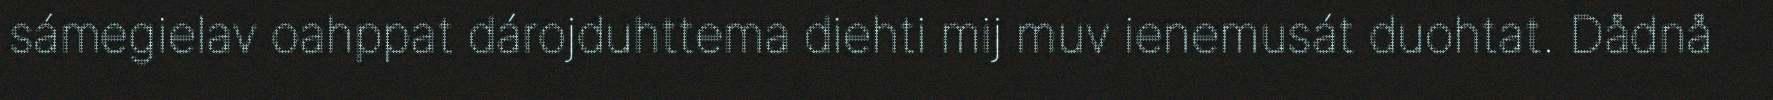
sámegielav oahppat dárojduhttema diehti mij muv ienemusát duohtat. Dådnå